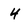
Character: 4